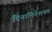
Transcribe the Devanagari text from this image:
डिनामिनेशनल